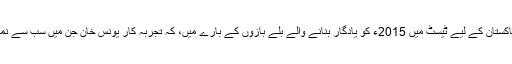
آخر میں پاکستان کے لیے ٹیسٹ میں 2015ء کو یادگار بنانے والے بلے بازوں کے بارے میں، کہ تجربہ کار یونس خان جن میں سب سے نمایاں رہے۔